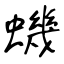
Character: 蟣